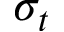
\sigma _ { t }